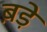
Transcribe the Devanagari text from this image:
ब़ड़े